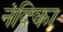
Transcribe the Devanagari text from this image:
नंदिका